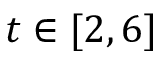
t \in [ 2 , 6 ]